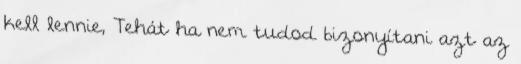
kell lennie, Tehát ha nem tudod bizonyítani azt az